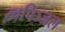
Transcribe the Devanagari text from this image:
ख़पिञ्जल